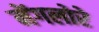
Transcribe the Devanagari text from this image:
मेंगलोरे